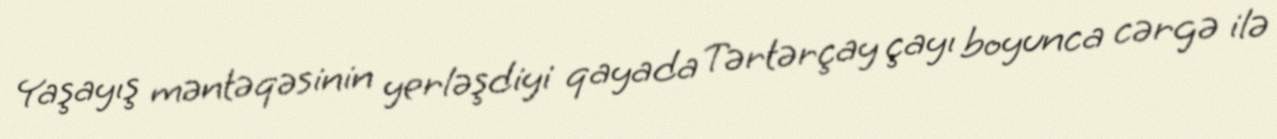
Yaşayış məntəqəsinin yerləşdiyi qayada Tərtərçay çayı boyunca cərgə ilə